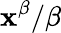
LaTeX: \mathbf{x}^{\beta}/\beta